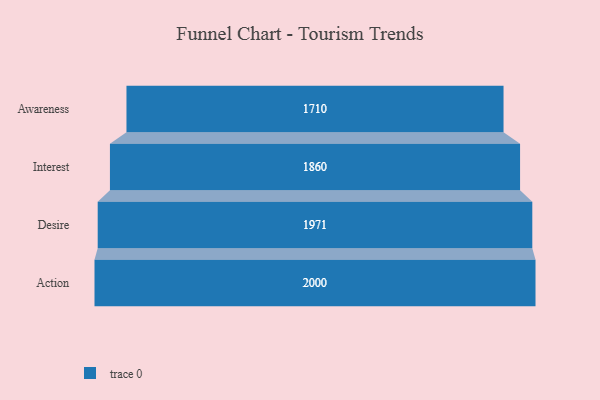
{"axis": {"x": "Stage", "y": "Value"}, "legend": [""], "data": [{"x": "Awareness", "y": 1710.0, "type": ""}, {"x": "Interest", "y": 1860.0, "type": ""}, {"x": "Desire", "y": 1971.0, "type": ""}, {"x": "Action", "y": 2000, "type": ""}]}